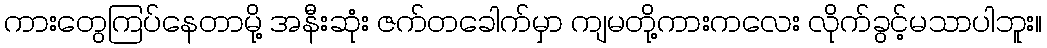
ကားတွေကြပ်နေတာမို့ အနီးဆုံး ဇက်တခေါက်မှာ ကျမတို့ကားကလေး လိုက်ခွင့်မသာပါဘူး။